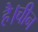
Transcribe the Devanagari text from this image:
है।चीन